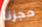
حجزنا